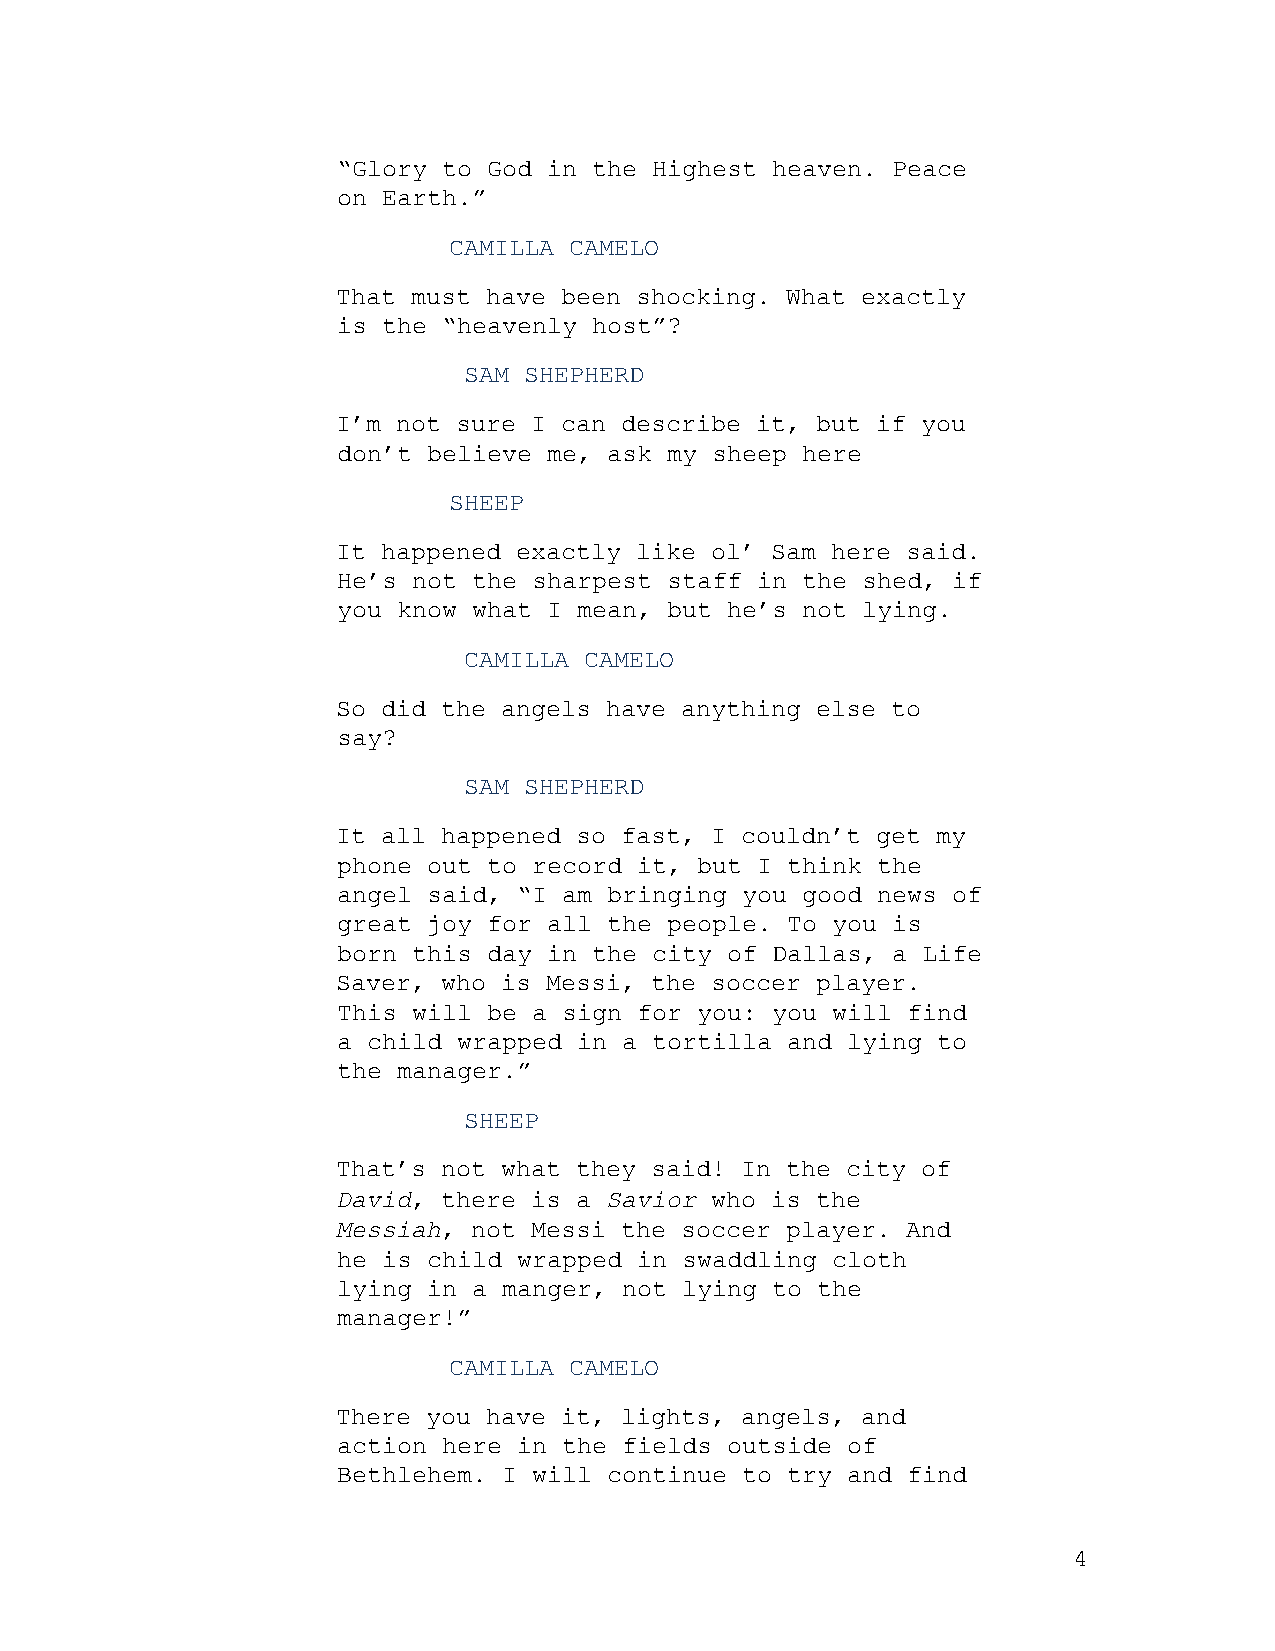
“Glory to God in the Highest heaven. Peace
 on Earth.”
 CAMILLA CAMELO
 That must have been shocking. What exactly
 is the “heavenly host”?
 SAM SHEPHERD
 I’m not sure I can describe it, but if you
 don’t believe me, ask my sheep here
 SHEEP
 It happened exactly like ol’ Sam here said.
 He’s not the sharpest staff in the shed, if
 you know what I mean, but he’s not lying.
 CAMILLA CAMELO
 So did the angels have anything else to
 say?
 SAM SHEPHERD
 It all happened so fast, I couldn’t get my
 phone out to record it, but I think the
 angel said, “I am bringing you good news of
 great joy for all the people. To you is
 born this day in the city of Dallas, a Life
 Saver, who is Messi, the soccer player.
 This will be a sign for you: you will find
 a child wrapped in a tortilla and lying to
 the manager.”
 SHEEP
 That’s not what they said! In the city of
 David, there is a Savior who is the
 Messiah, not Messi the soccer player. And
 he is child wrapped in swaddling cloth
 lying in a manger, not lying to the
 manager!”
 CAMILLA CAMELO
 There you have it, lights, angels, and
 action here in the fields outside of
 Bethlehem. I will continue to try and find
 4